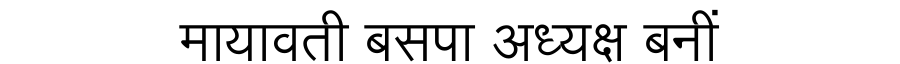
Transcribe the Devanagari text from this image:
मायावती बसपा अध्यक्ष बनीं